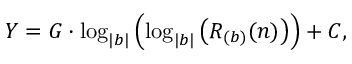
Y = G \cdot \log _ { | b | } \left( \log _ { | b | } \left( R _ { ( b ) } ( n ) \right) \right) + C ,